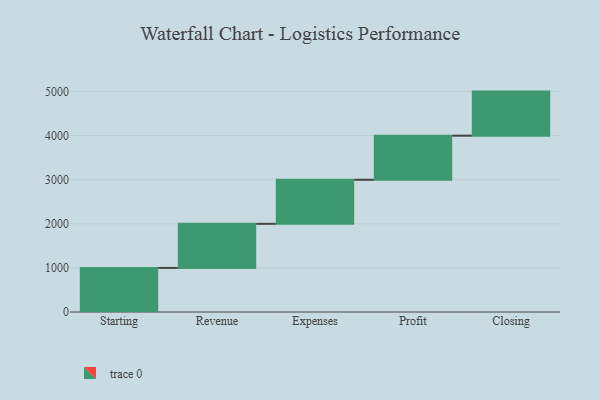
{"axis": {"x": "Step", "y": "Value"}, "legend": [""], "data": [{"x": "Starting", "y": 1000, "type": ""}, {"x": "Revenue", "y": 1000, "type": ""}, {"x": "Expenses", "y": 1000, "type": ""}, {"x": "Profit", "y": 1000, "type": ""}, {"x": "Closing", "y": 1000, "type": ""}]}